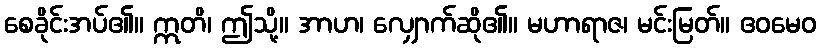
စေခိုင်းအပ်၏။ ဣတိ၊ ဤသို့။ အာဟ၊ လျှောက်ဆို၏။ မဟာရာဇ၊ မင်းမြတ်။ ဧဝမေဝ